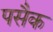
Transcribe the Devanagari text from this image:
पसैक